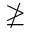
\ngeq